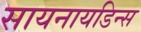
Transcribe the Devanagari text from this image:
सायनायडिन्स